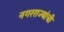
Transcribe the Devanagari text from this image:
नगरराज्यांची